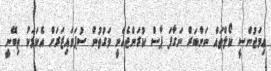
ޢިމަޖުންސީ ކޯލްތައް ނަންބަރް ނަގާފަ ޕާސް ކުރަންޖެހެނީ ވަގުތުން ސުޕަވައިޒަރަށް އެކަމަކު ތިބޭނީ